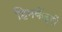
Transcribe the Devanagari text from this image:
हिमकेंद्रों